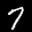
Digit: 7